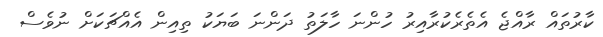
ކާރުތައް ރާއްޖެ އެތެރެކުރާއިރު ހުންނަ ހާލަތު ދަންނަ ބަޔަކު ތިއިން އެއްޗަކަށް ނުވެސް